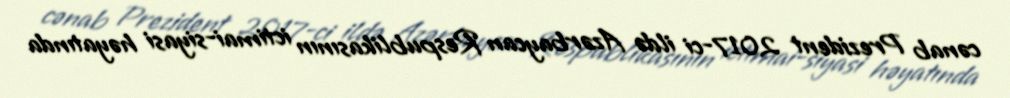
cənab Prezident 2017-ci ildə Azərbaycan Respublikasının ictimai-siyasi həyatında